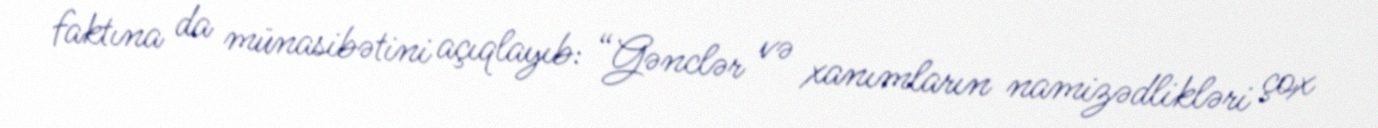
faktına da münasibətini açıqlayıb: “Gənclər və xanımların namizədlikləri çox